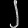
Digit: ၂